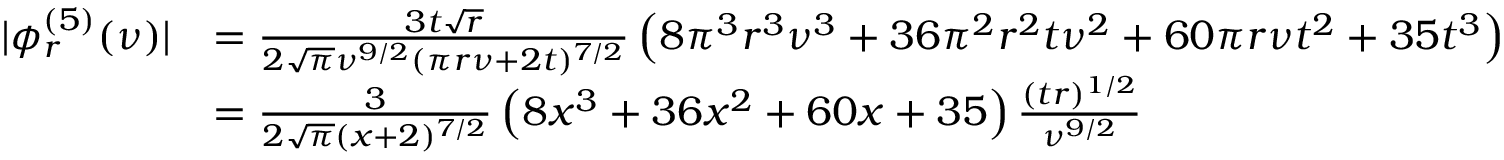
\begin{array} { r l } { | \phi _ { r } ^ { ( 5 ) } ( \nu ) | } & { = \frac { 3 t \sqrt { r } } { 2 \sqrt { \pi } \nu ^ { 9 / 2 } ( \pi r \nu + 2 t ) ^ { 7 / 2 } } \left( 8 \pi ^ { 3 } r ^ { 3 } \nu ^ { 3 } + 3 6 \pi ^ { 2 } r ^ { 2 } t \nu ^ { 2 } + 6 0 \pi r \nu t ^ { 2 } + 3 5 t ^ { 3 } \right) } \\ & { = \frac { 3 } { 2 \sqrt { \pi } ( x + 2 ) ^ { 7 / 2 } } \left( 8 x ^ { 3 } + 3 6 x ^ { 2 } + 6 0 x + 3 5 \right) \frac { ( t r ) ^ { 1 / 2 } } { \nu ^ { 9 / 2 } } } \end{array}